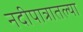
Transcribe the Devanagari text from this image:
नदीपात्रातल्या